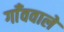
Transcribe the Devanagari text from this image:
गाँववाले